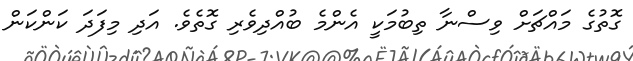
ގޮތުގެ މައްޗަށް ވިސްނާ ތިބުމަކީ އެންމެ ބުއްދިވެރި ގޮތެވެ. އަދި މިފަދަ ކަންކަން